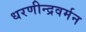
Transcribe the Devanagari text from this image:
धरणीन्द्रवर्मन